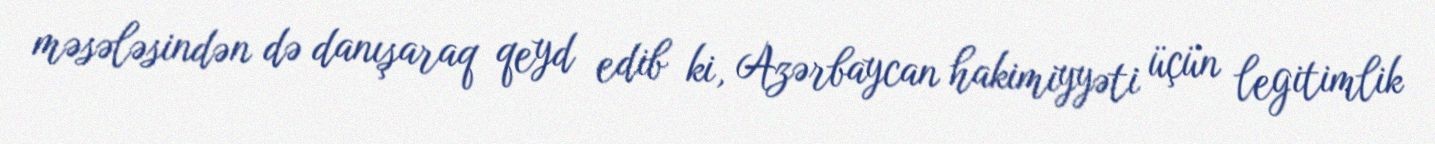
məsələsindən də danışaraq qeyd edib ki, Azərbaycan hakimiyyəti üçün legitimlik